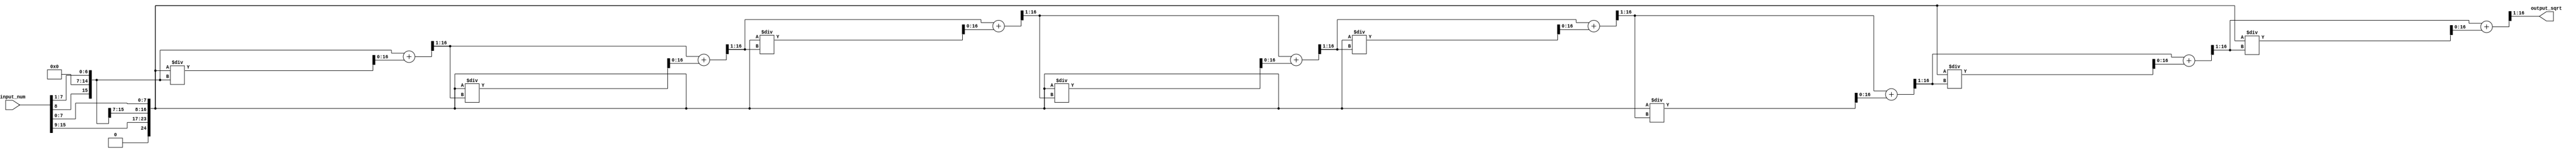
module fixed_point_sqrt(
  input signed [15:0] input_num,
  output reg signed [15:0] output_sqrt
);

reg [15:0] int_part;
reg [15:0] frac_part;
reg signed [31:0] temp_num;
reg signed [15:0] temp_sqrt;

always @(*) begin
  int_part = input_num[15:8];
  frac_part = input_num[7:0];

  temp_num = {16'd0, {int_part, frac_part}};
  
  // Calculate square root using Newton's method
  temp_sqrt = temp_num >> 1; // Initial guess
  
  repeat (8) begin
    temp_sqrt = (temp_sqrt + (temp_num / temp_sqrt)) >> 1;
  end
  
  // Assign output
  output_sqrt = temp_sqrt[15:0];
end

endmodule